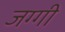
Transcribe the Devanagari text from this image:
जग्‍गी